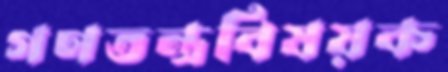
গণতন্ত্রবিষয়ক